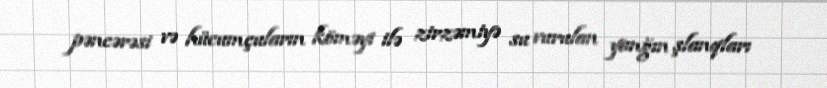
pəncərəsi və hücumçuların köməyi ilə zirzəmiyə su vurulan yanğın şlanqları